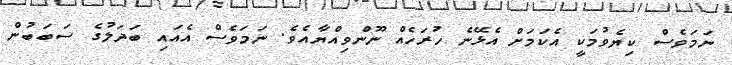
ނަމަވެސް ކިޔެވުމަކީ އެކަމަށް އެޅޭނެ ހުރަހެއް ނޫންވިއްޔާއެވެ. ނަމަވެސް އެއައި ބަދަލުގެ ސަބަބުން